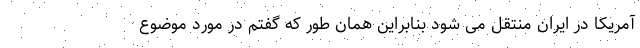
آمریکا در ایران منتقل می شود بنابراین همان طور که گفتم در مورد موضوع